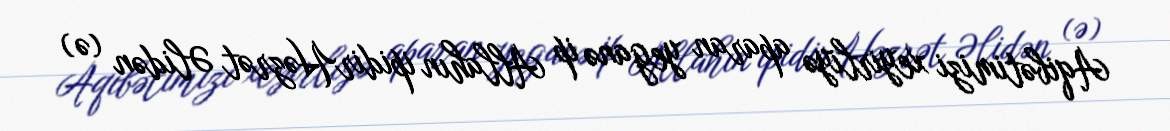
Aqibətimizi xeyirliyə aparan yeganə ip Allahın ipidirHəzrət Əlidən (ə)